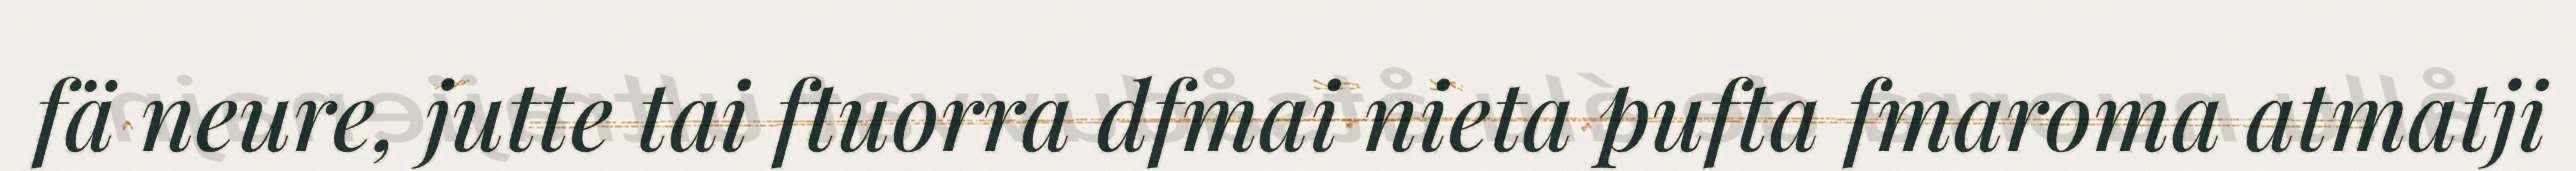
fä neure, jutte tai ftuorra dfmai nieta pufta fmaroma atmatji